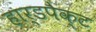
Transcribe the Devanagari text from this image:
हार्डपैक्ट